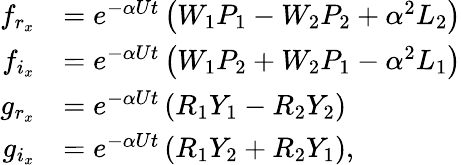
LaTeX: \begin{array}{rl}{f_{r_{x}}}&{=e^{-\alpha Ut}\left(W_{1}P_{1}-W_{2}P_{2}+\alpha^{2}L_{2}\right)}\\ {f_{i_{x}}}&{=e^{-\alpha Ut}\left(W_{1}P_{2}+W_{2}P_{1}-\alpha^{2}L_{1}\right)}\\ {g_{r_{x}}}&{=e^{-\alpha Ut}\left(R_{1}Y_{1}-R_{2}Y_{2}\right)}\\ {g_{i_{x}}}&{=e^{-\alpha Ut}\left(R_{1}Y_{2}+R_{2}Y_{1}\right),}\end{array}